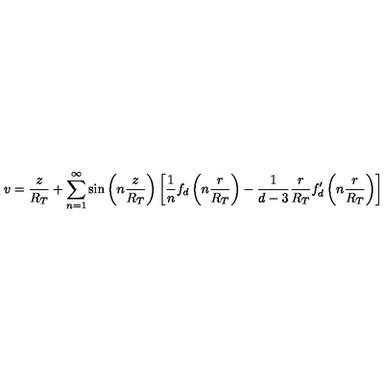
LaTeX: v = \frac { z } { R _ { T } } + \sum _ { n = 1 } ^ { \infty } \sin \left( n \frac { z } { R _ { T } } \right) \left[ \frac { 1 } { n } f _ { d } \left( n \frac { r } { R _ { T } } \right) - \frac { 1 } { d - 3 } \frac { r } { R _ { T } } f _ { d } ^ { \prime } \left( n \frac { r } { R _ { T } } \right) \right]